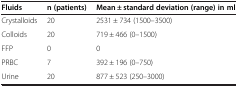
| Fluids | n (patients) | Mean ± standard deviation (range) in ml |
 | --- | --- | --- |
 | Crystalloids | 20 | 2531 ± 734 (1500–3500) |
 | Colloids | 20 | 719 ± 466 (0–1500) |
 | FFP | 0 | 0 |
 | PRBC | 7 | 392 ± 196 (0–750) |
 | Urine | 20 | 877 ± 523 (250–3000) |